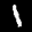
Label: 1